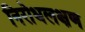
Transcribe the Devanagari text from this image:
निरोधलक्षण